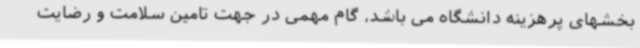
بخشهای پرهزینه دانشگاه می باشد، گام مهمی در جهت تامین سلامت و رضایت